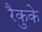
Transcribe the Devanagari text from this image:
रैकुके